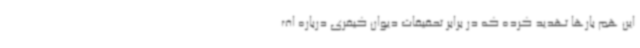
این هم بارها تهدید کرده که در برابر تحقیقات دیوان کیفری درباره اف